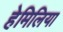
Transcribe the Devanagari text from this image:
हेमिलिया